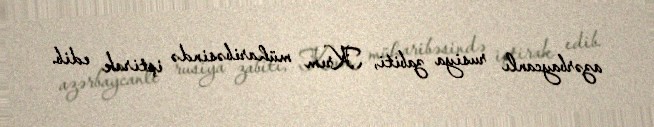
azərbaycanlı rusiya zabiti, Krım müharibəsində iştirak edib.